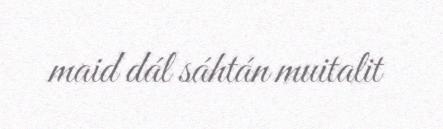
maid dál sáhtán muitalit